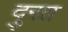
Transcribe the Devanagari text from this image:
दु्रत